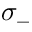
\sigma _ { - }